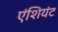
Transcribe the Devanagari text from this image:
एंशियंट